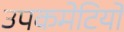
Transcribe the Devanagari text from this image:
उपकमेटियों